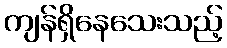
ကျန်ရှိနေသေးသည့်